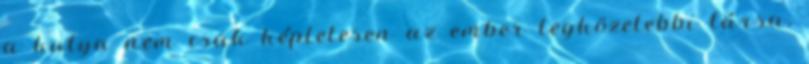
a kutya nem csak képletesen az ember legközelebbi társa,